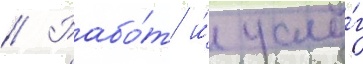
// Рабо́т и́ услу́г